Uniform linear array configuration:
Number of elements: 12
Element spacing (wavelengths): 0.5
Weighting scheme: binomial
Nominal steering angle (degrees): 15
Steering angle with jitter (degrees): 14.405
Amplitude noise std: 0.05
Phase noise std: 0.05

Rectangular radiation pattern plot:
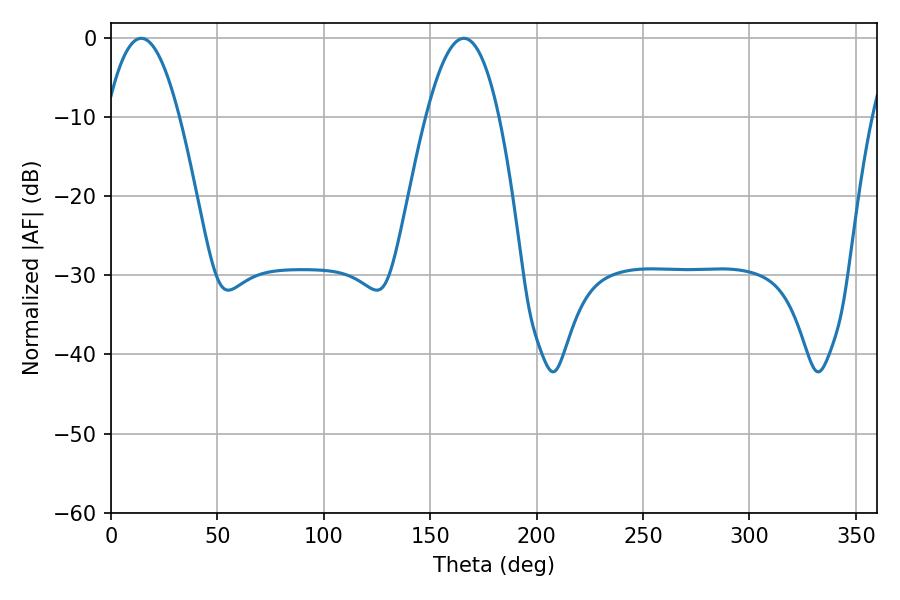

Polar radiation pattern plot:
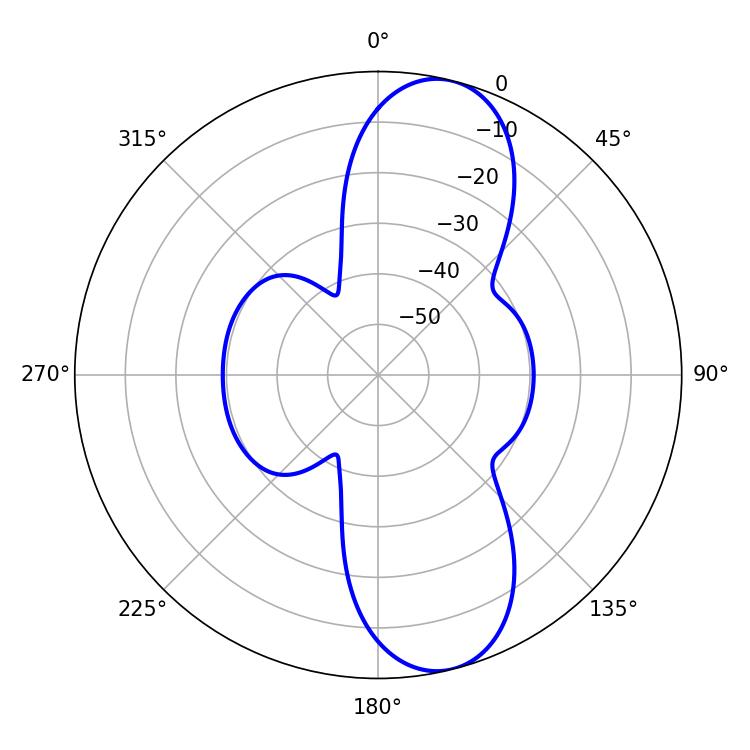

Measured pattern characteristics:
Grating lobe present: FALSE
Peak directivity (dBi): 10.539
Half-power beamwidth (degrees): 18.72
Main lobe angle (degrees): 14.22